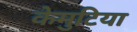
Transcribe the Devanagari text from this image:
केमुटिया